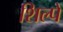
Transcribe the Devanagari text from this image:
शिल्पें